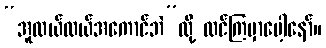
“အူလယ်လယ်အကောင်ဘဲ”လို့ ထင်ကြမှာပေါ့နော်။